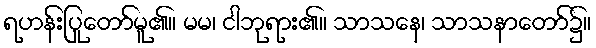
ရဟန်းပြုတော်မူ၏။ မမ၊ ငါဘုရား၏။ သာသနေ၊ သာသနာတော်၌။